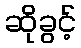
ဆိုခွင့်